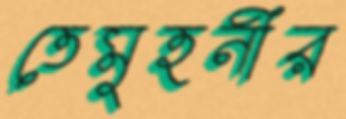
তেমুহনীর